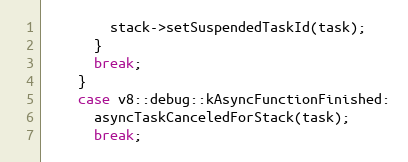
Language: C++
        stack->setSuspendedTaskId(task);
      }
      break;
    }
    case v8::debug::kAsyncFunctionFinished:
      asyncTaskCanceledForStack(task);
      break;